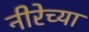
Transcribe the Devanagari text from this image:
नीरेच्या